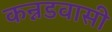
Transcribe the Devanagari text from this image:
कन्नडवासी